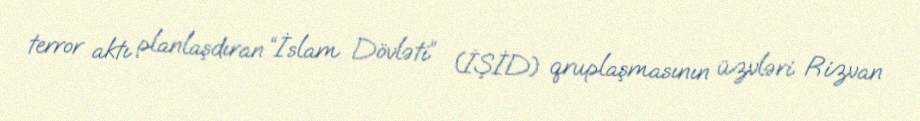
terror aktı planlaşdıran “İslam Dövləti” (İŞİD) qruplaşmasının üzvləri Rizvan